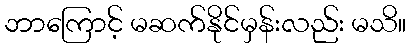
ဘာကြောင့် မဆက်နိုင်မှန်းလည်း မသိ။